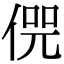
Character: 𠋨